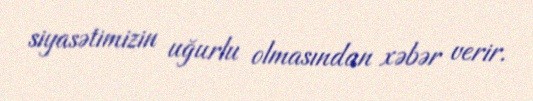
siyasətimizin uğurlu olmasından xəbər verir.